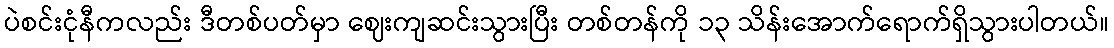
ပဲစင်းငုံနီကလည်း ဒီတစ်ပတ်မှာ ဈေးကျဆင်းသွားပြီး တစ်တန်ကို ၁၃ သိန်းအောက်ရောက်ရှိသွားပါတယ်။